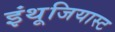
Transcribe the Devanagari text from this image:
इंथूजियास्ट